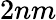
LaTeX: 2nm